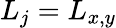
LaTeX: L_{j}=L_{x,y}